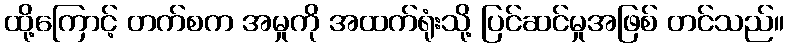
ထို့ကြောင့် တက်စက အမှုကို အထက်ရုံးသို့ ပြင်ဆင်မှုအဖြစ် တင်သည်။